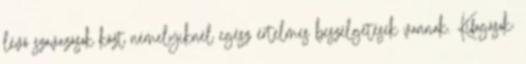
lévő szavazások közt némelyiknél egész értelmes beszélgetések vannak. Kifogások: